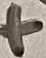
Text: +